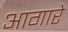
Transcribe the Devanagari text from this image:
आगारे